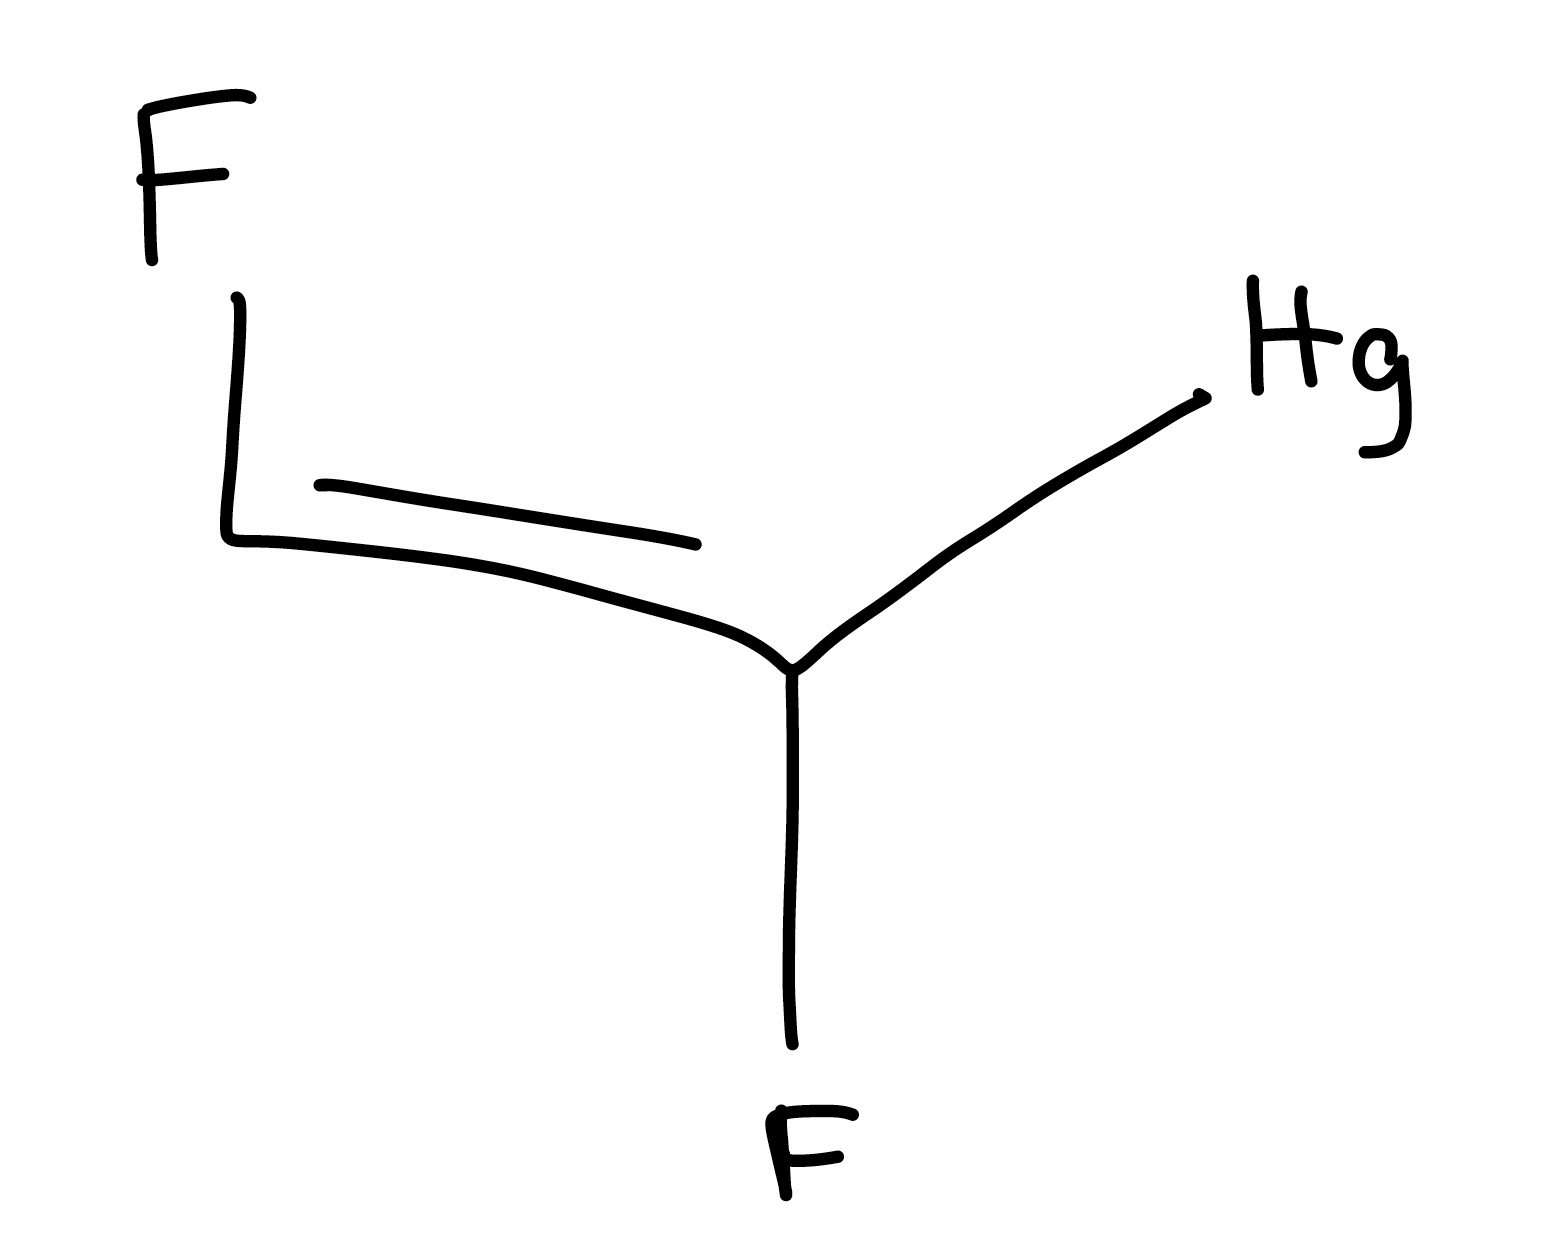
Simplified molecular-input line-entry system (SMILES) notation of the given molecule:
C(=C(/F)\[Hg])\F